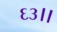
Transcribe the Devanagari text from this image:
६३।।